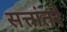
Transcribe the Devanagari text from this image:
सत्तांतरे